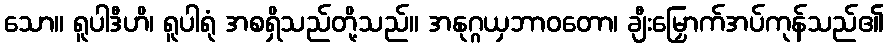
သော။ ရူပါဒီဟိ၊ ရူပါရုံ အစရှိသည်တို့သည်။ အနုဂ္ဂယှဘာဝတော၊ ချီးမြှောက်အပ်ကုန်သည်၏